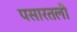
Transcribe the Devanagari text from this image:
पसारतली